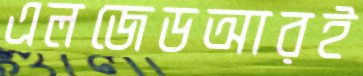
এলজেডআরই